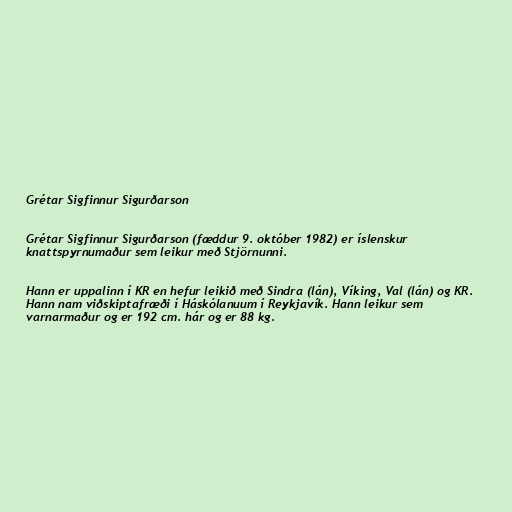
Grétar Sigfinnur Sigurðarson

Grétar Sigfinnur Sigurðarson (fæddur 9. október 1982) er íslenskur
knattspyrnumaður sem leikur með Stjörnunni.

Hann er uppalinn í KR en hefur leikið með Sindra (lán), Víking, Val (lán) og KR.
Hann nam viðskiptafræði í Háskólanuum í Reykjavík. Hann leikur sem
varnarmaður og er 192 cm. hár og er 88 kg.